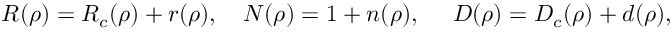
R ( \rho ) = R _ { c } ( \rho ) + r ( \rho ) , ~ ~ ~ N ( \rho ) = 1 + n ( \rho ) , ~ ~ ~ ~ D ( \rho ) = D _ { c } ( \rho ) + d ( \rho ) ,